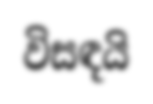
විසඳයි